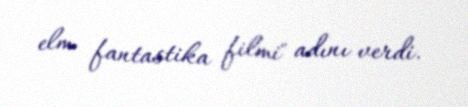
elm fantastika filmi" adını verdi.